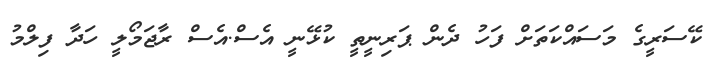
ކޭސަރީގެ މަސައްކަތަށް ފަހު ދެން ޕަރިނީތީ ކުޅޭނީ އެސް.އެސް ރާޖަމޯލީ ހަދާ ފިލްމު